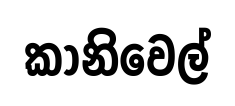
කානිවෙල්